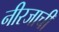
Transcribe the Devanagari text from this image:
नीरजाची